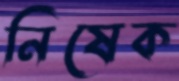
নিষেক